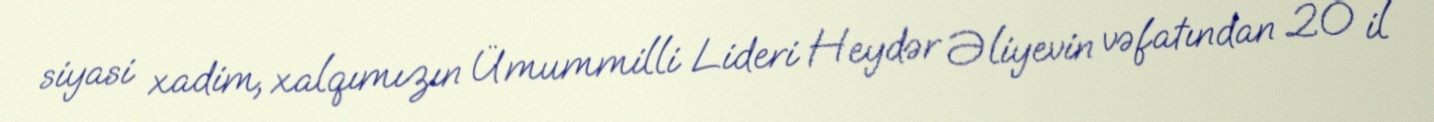
siyasi xadim, xalqımızın Ümummilli Lideri Heydər Əliyevin vəfatından 20 il